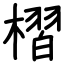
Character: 槢